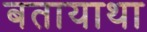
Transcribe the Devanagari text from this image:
बतायाथा